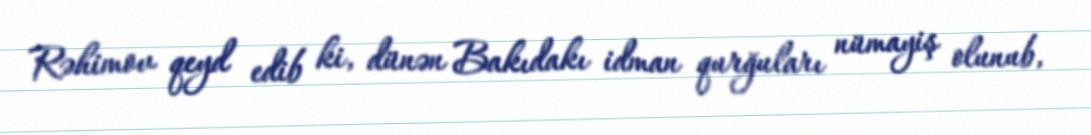
Rəhimov qeyd edib ki, dünən Bakıdakı idman qurğuları nümayiş olunub,